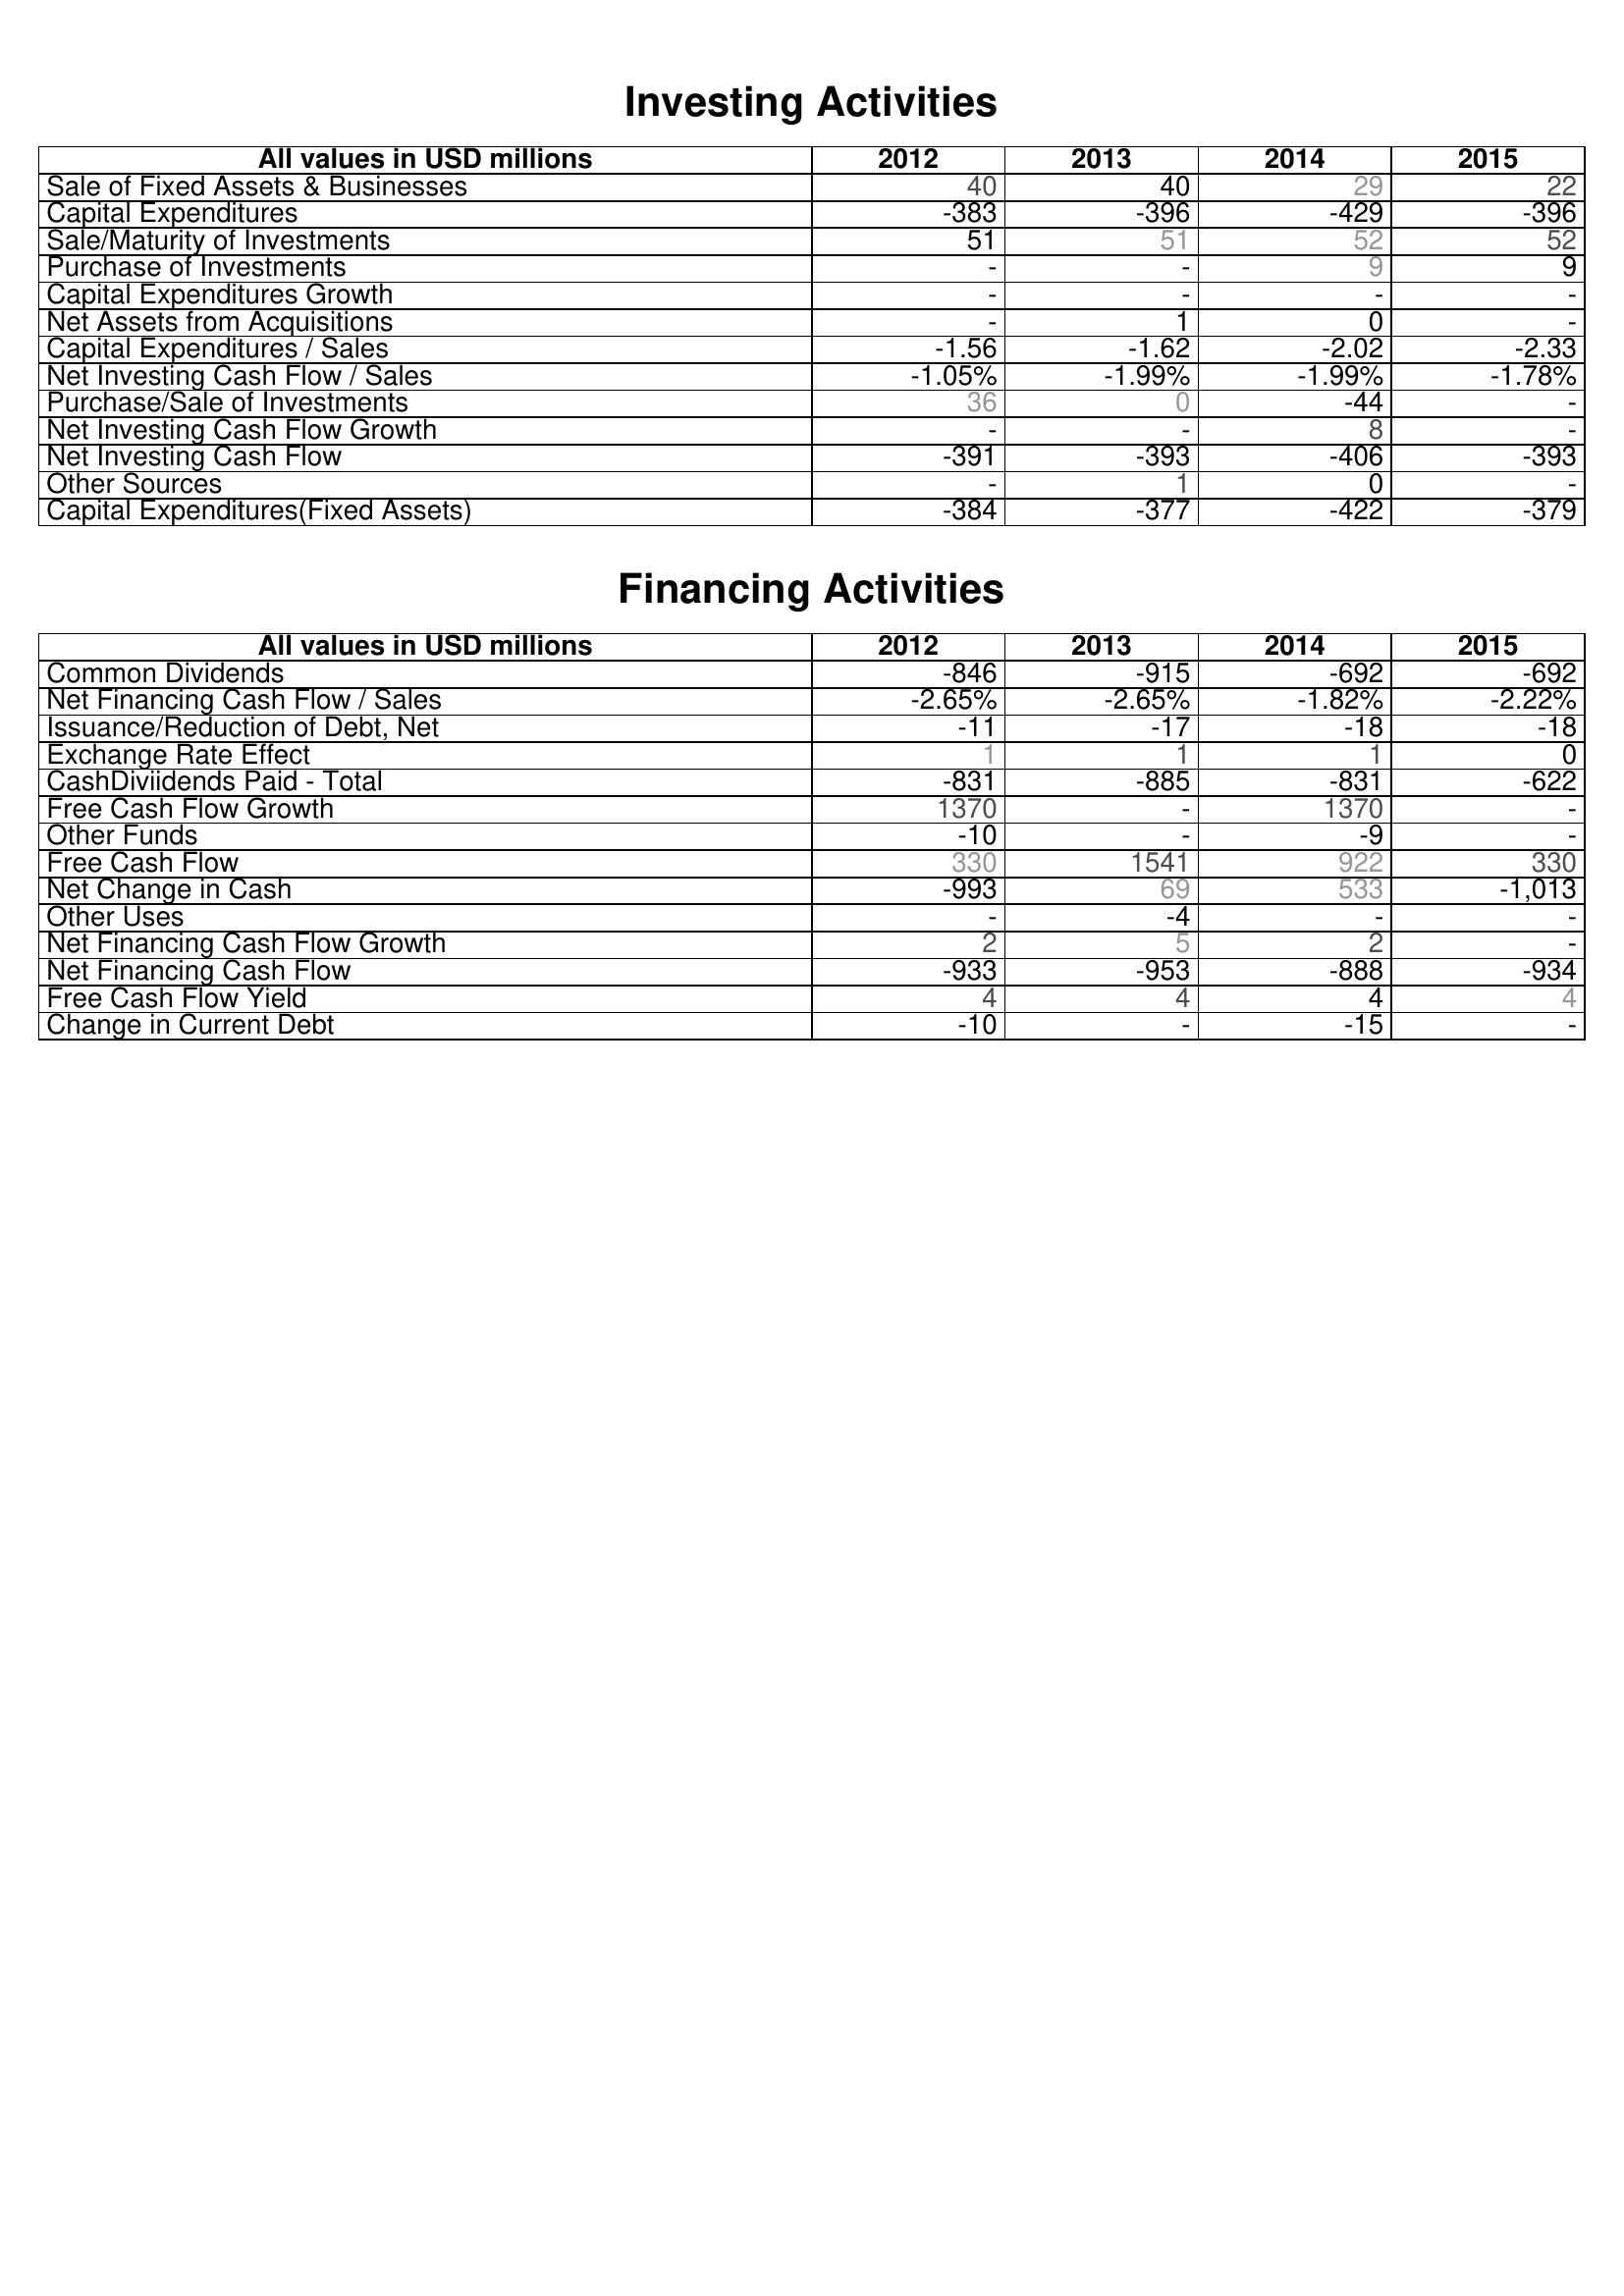
2012: Investing Activities: Sale of Fixed Assets & Businesses: 40
Capital Expenditures: -383
Sale/Maturity of Investments: 51
Purchase of Investments: -
Capital Expenditures Growth: -
Net Assets from Acquisitions: -
Capital Expenditures / Sales: -1.56
Net Investing Cash Flow / Sales: -1.05%
Purchase/Sale of Investments: 36
Net Investing Cash Flow Growth: -
Net Investing Cash Flow: -391
Other Sources: -
Capital Expenditures(Fixed Assets): -384
Financing Activities: Common Dividends: -846
Net Financing Cash Flow / Sales: -2.65%
Issuance/Reduction of Debt, Net: -11
Exchange Rate Effect: 1
CashDiviidends Paid - Total: -831
Free Cash Flow Growth: 1370
Other Funds: -10
Free Cash Flow: 330
Net Change in Cash: -993
Other Uses: -
Net Financing Cash Flow Growth: 2
Net Financing Cash Flow: -933
Free Cash Flow Yield: 4
Change in Current Debt: -10
2013: Investing Activities: Sale of Fixed Assets & Businesses: 40
Capital Expenditures: -396
Sale/Maturity of Investments: 51
Purchase of Investments: -
Capital Expenditures Growth: -
Net Assets from Acquisitions: 1
Capital Expenditures / Sales: -1.62
Net Investing Cash Flow / Sales: -1.99%
Purchase/Sale of Investments: 0
Net Investing Cash Flow Growth: -
Net Investing Cash Flow: -393
Other Sources: 1
Capital Expenditures(Fixed Assets): -377
Financing Activities: Common Dividends: -915
Net Financing Cash Flow / Sales: -2.65%
Issuance/Reduction of Debt, Net: -17
Exchange Rate Effect: 1
CashDiviidends Paid - Total: -885
Free Cash Flow Growth: -
Other Funds: -
Free Cash Flow: 1541
Net Change in Cash: 69
Other Uses: -4
Net Financing Cash Flow Growth: 5
Net Financing Cash Flow: -953
Free Cash Flow Yield: 4
Change in Current Debt: -
2014: Investing Activities: Sale of Fixed Assets & Businesses: 29
Capital Expenditures: -429
Sale/Maturity of Investments: 52
Purchase of Investments: 9
Capital Expenditures Growth: -
Net Assets from Acquisitions: 0
Capital Expenditures / Sales: -2.02
Net Investing Cash Flow / Sales: -1.99%
Purchase/Sale of Investments: -44
Net Investing Cash Flow Growth: 8
Net Investing Cash Flow: -406
Other Sources: 0
Capital Expenditures(Fixed Assets): -422
Financing Activities: Common Dividends: -692
Net Financing Cash Flow / Sales: -1.82%
Issuance/Reduction of Debt, Net: -18
Exchange Rate Effect: 1
CashDiviidends Paid - Total: -831
Free Cash Flow Growth: 1370
Other Funds: -9
Free Cash Flow: 922
Net Change in Cash: 533
Other Uses: -
Net Financing Cash Flow Growth: 2
Net Financing Cash Flow: -888
Free Cash Flow Yield: 4
Change in Current Debt: -15
2015: Investing Activities: Sale of Fixed Assets & Businesses: 22
Capital Expenditures: -396
Sale/Maturity of Investments: 52
Purchase of Investments: 9
Capital Expenditures Growth: -
Net Assets from Acquisitions: -
Capital Expenditures / Sales: -2.33
Net Investing Cash Flow / Sales: -1.78%
Purchase/Sale of Investments: -
Net Investing Cash Flow Growth: -
Net Investing Cash Flow: -393
Other Sources: -
Capital Expenditures(Fixed Assets): -379
Financing Activities: Common Dividends: -692
Net Financing Cash Flow / Sales: -2.22%
Issuance/Reduction of Debt, Net: -18
Exchange Rate Effect: 0
CashDiviidends Paid - Total: -622
Free Cash Flow Growth: -
Other Funds: -
Free Cash Flow: 330
Net Change in Cash: -1,013
Other Uses: -
Net Financing Cash Flow Growth: -
Net Financing Cash Flow: -934
Free Cash Flow Yield: 4
Change in Current Debt: -